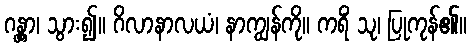
ဂန္တွာ၊ သွား၍။ ဂိလာနာလယံ၊ နာကျွန်ကို။ ကရိံ သု၊ ပြုကုန်၏။